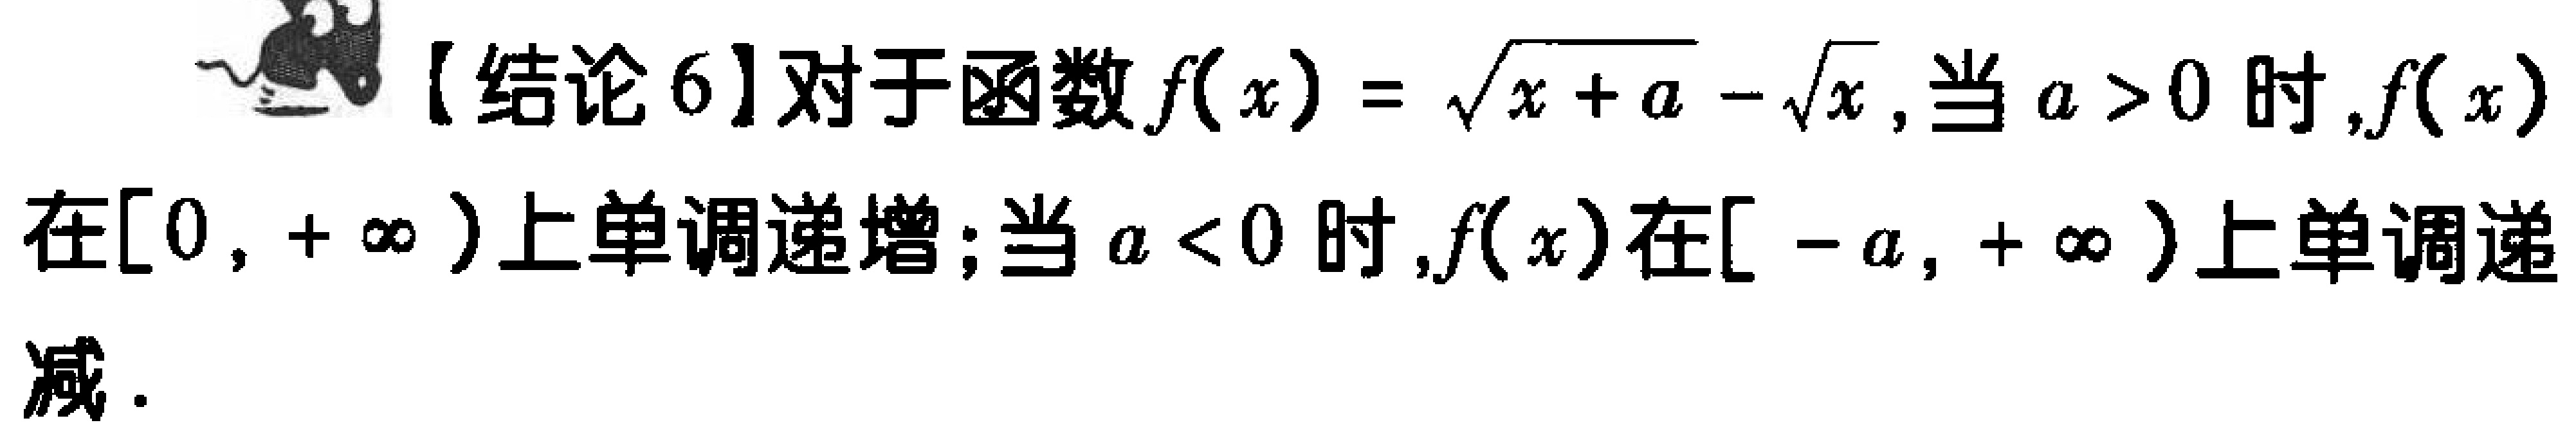
【结论6】对于函数\(f(x)=\sqrt{x + a}-\sqrt{x}\)，当\(a > 0\)时，\(f(x)\)在\([0,+\infty)\)上单调递增；当\(a < 0\)时，\(f(x)\)在\([-a,+\infty)\)上单调递减.